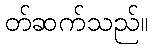
တ်ဆက်သည်။